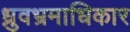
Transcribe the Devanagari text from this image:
ध्रुवभ्रमाधिकार